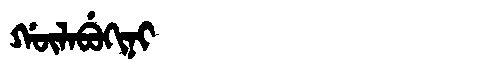
Manchu: ᡤᡡᠯᠠᠪᡠᡴᡳᠨᡳ
Romanization: GŪLABUKINI